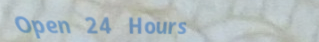
Open 24 Hours